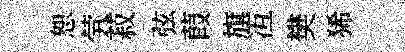
恕茕菽弦葭旗冱樊狶